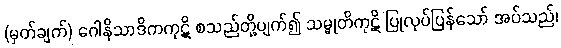
(မှတ်ချက်) ဂေါနိသာဒိကကုဋိ စသည်တို့ပျက်၍ သမ္မုတိကုဋိ ပြုလုပ်ပြန်သော် အပ်သည်၊